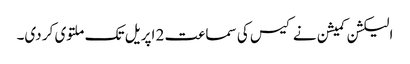
الیکشن کمیشن نے کیس کی سماعت 2 اپریل تک ملتوی کر دی۔